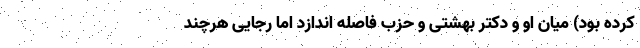
کرده بود) میان او و دکتر بهشتی و حزب فاصله اندازد اما رجایی هرچند